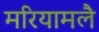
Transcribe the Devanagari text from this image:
मरियामलै